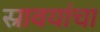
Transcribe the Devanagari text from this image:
स्रावयांचा